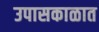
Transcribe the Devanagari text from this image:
उपासकाळात